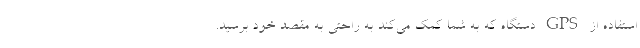
استفاده از GPS دستگاه که به شما کمک می‌کند به راحتی به مقصد خود برسید.